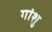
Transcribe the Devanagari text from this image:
गांशु